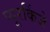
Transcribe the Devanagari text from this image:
प्यूरकिंजे